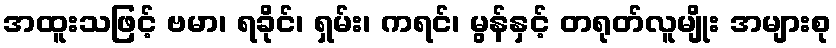
အထူးသဖြင့် ဗမာ၊ ရခိုင်၊ ရှမ်း၊ ကရင်၊ မွန်နှင့် တရုတ်လူမျိုး အများစု